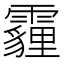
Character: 霾